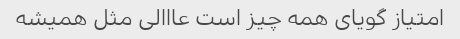
امتیاز گویای همه چیز است عااالی مثل همیشه